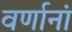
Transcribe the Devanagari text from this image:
वर्णानां